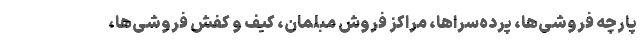
پارچه‌ فروشی‌ها، پرده‌سراها، مراکز فروش مُبلمان، کیف و کفش فروشی‌ها،